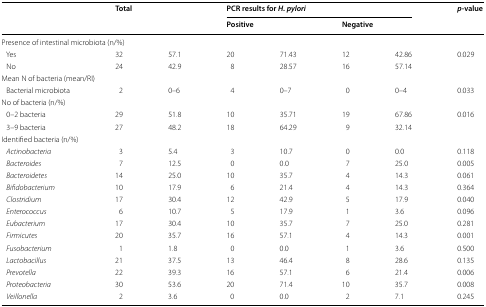
| <ROWSPAN=2>  | <ROWSPAN=2-COLSPAN=2> Total | <COLSPAN=4> PCR results for H. pylori | <ROWSPAN=2> p-value |
 | <COLSPAN=2> Positive | <COLSPAN=2> Negative |
 | --- | --- | --- | --- | --- | --- | --- | --- |
 | <COLSPAN=8> Presence of intestinal microbiota (n/%) |
 | Yes | 32 | 57.1 | 20 | 71.43 | 12 | 42.86 | <ROWSPAN=2> 0.029 |
 | No | 24 | 42.9 | 8 | 28.57 | 16 | 57.14 |
 | <COLSPAN=8> Mean N of bacteria (mean/RI) |
 | Bacterial microbiota | 2 | 0–6 | 4 | 0–7 | 0 | 0–4 | 0.033 |
 | <COLSPAN=8> No of bacteria (n/%) |
 | 0–2 bacteria | 29 | 51.8 | 10 | 35.71 | 19 | 67.86 | <ROWSPAN=2> 0.016 |
 | 3–9 bacteria | 27 | 48.2 | 18 | 64.29 | 9 | 32.14 |
 | <COLSPAN=8> Identified bacteria (n/%) |
 | Actinobacteria | 3 | 5.4 | 3 | 10.7 | 0 | 0.0 | 0.118 |
 | Bacteroides | 7 | 12.5 | 0 | 0.0 | 7 | 25.0 | 0.005 |
 | Bacteroidetes | 14 | 25.0 | 10 | 35.7 | 4 | 14.3 | 0.061 |
 | Bifidobacterium | 10 | 17.9 | 6 | 21.4 | 4 | 14.3 | 0.364 |
 | Clostridium | 17 | 30.4 | 12 | 42.9 | 5 | 17.9 | 0.040 |
 | Enterococcus | 6 | 10.7 | 5 | 17.9 | 1 | 3.6 | 0.096 |
 | Eubacterium | 17 | 30.4 | 10 | 35.7 | 7 | 25.0 | 0.281 |
 | Firmicutes | 20 | 35.7 | 16 | 57.1 | 4 | 14.3 | 0.001 |
 | Fusobacterium | 1 | 1.8 | 0 | 0.0 | 1 | 3.6 | 0.500 |
 | Lactobacillus | 21 | 37.5 | 13 | 46.4 | 8 | 28.6 | 0.135 |
 | Prevotella | 22 | 39.3 | 16 | 57.1 | 6 | 21.4 | 0.006 |
 | Proteobacteria | 30 | 53.6 | 20 | 71.4 | 10 | 35.7 | 0.008 |
 | Veillonella | 2 | 3.6 | 0 | 0.0 | 2 | 7.1 | 0.245 |